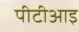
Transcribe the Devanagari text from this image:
पीटीआइ